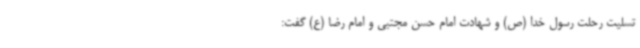
تسلیت رحلت رسول خدا (ص) و شهادت امام حسن مجتبی و امام رضا (ع) گفت: